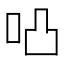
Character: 𠱂